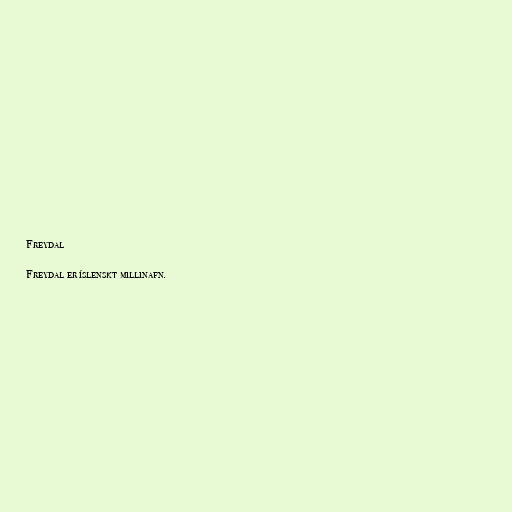
Freydal

Freydal er íslenskt millinafn.